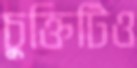
চুক্তিটিও